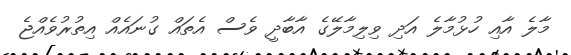
މާލެ އާއި ހުޅުމާލެ އަދި ވިލިމާލޭގެ އާބާދީ ވެސް އެތައް ގުނައެއް އިތުރުވެއްޖެ